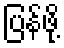
ပြန်ဖို့